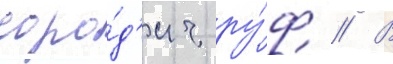
соро́д'ич ру́ф // В